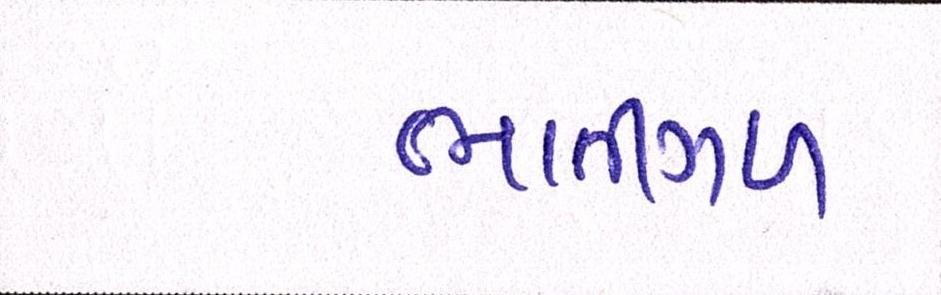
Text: ભાતીગળ